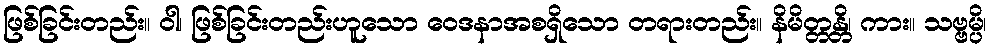
ဖြစ်ခြင်းတည်း။ ဝါ၊ ဖြစ်ခြင်းတည်းဟူသော ဝေဒနာအစရှိသော တရားတည်း။ နိမိတ္တန္တိ၊ ကား။ သဗ္ဗမ္ပိ၊